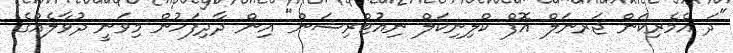
"ދަ އެމެރިކަން ޖަރނަލް އޮފް ކްލިނިކަލް ނިއުޓްރިޝަން" އިން ދާދިފަހުން މިވަނީ ދުވާލެއްގެ